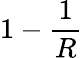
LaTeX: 1-\frac{1}{R}